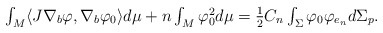
\begin{align*}\begin{array}{c}\int_{M}\langle J\nabla _{b}\varphi ,\nabla _{b}\varphi _{0}\rangle d\mu+n\int_{M}\varphi _{0}^{2}d\mu =\frac{1}{2}C_{n}\int_{\Sigma }\varphi_{0}\varphi _{e_{n}}d\Sigma _{p}.\end{array}\end{align*}